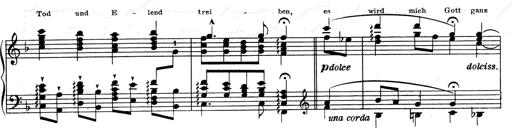
Title: Weinen, Klagen, Sorgen, Zagen
Composer: Franz Liszt